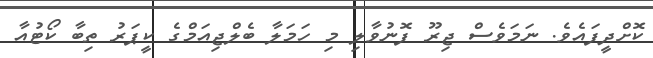
ކޮށްދީފައެވެ. ނަމަވެސް ޖިރޫ ފޮނުވާލި މި ހަމަލާ ބެލްޖިއަމްގެ ކީޕަރު ތިބާ ކޯޓުއާ